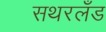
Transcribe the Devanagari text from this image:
सथरलँड